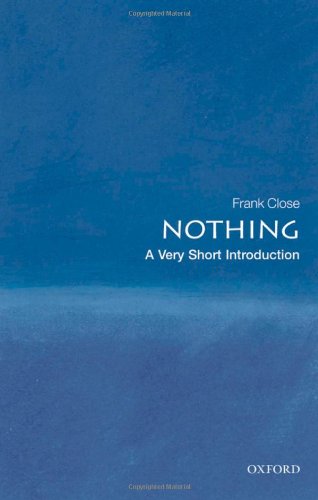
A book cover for Nothing: A Very Short Introduction; Frank Close; Politics & Social Sciences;